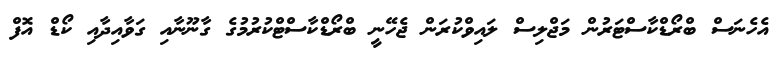
އެހެނަސް ބްރޯޑްކާސްޓަރުން މަޖްލިސް ލައިވްކުރަން ޖެހޭނީ ބްރޯޑްކާސްޓްކުރުމުގެ ގާނޫނާއި ގަވާއިދާއި ކޯޑް އޮފް